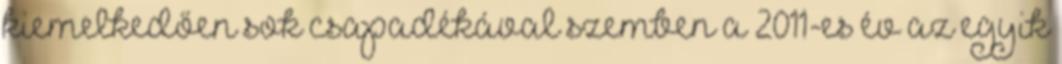
kiemelkedően sok csapadékával szemben a 2011-es év az egyik